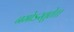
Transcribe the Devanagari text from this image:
नमोऽस्तुते।।